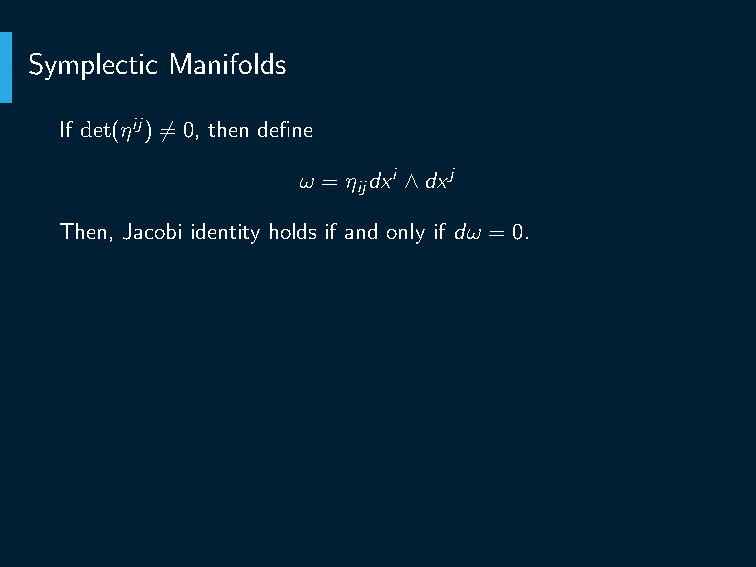
Def. A manifold M equipped with a non-degenerate closed 2-form
 ω is called a symplectic manifold.
 Ex. Show that a 2-form ω on M2n is non-degenerate if and only if
 ωn is a volume form on M.
 Ex. Show that on a compact symplectic manifold (M,ω), the class
 [ω] ∈ H2(M) is non-zero.
 Symplectic Manifolds
 If det(ηij) ̸= 0, then define
 ω = η dxi ∧dxj
 ij
 Then, Jacobi identity holds if and only if dω = 0.